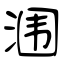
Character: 涠